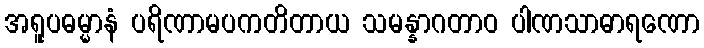
အရူပဓမ္မာနံ ပရိဏာမပကတိတာယ သမန္နာဂတာဝ ပါဏသာဓာရဏော